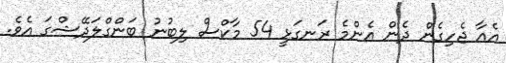
އެއާ ޖެހިގެން ދެން އެންމެ ރަނގަޅީ 54 މާކްސް ލިބުނު ބަންގްލަދޭޝްގަ އެވެ.